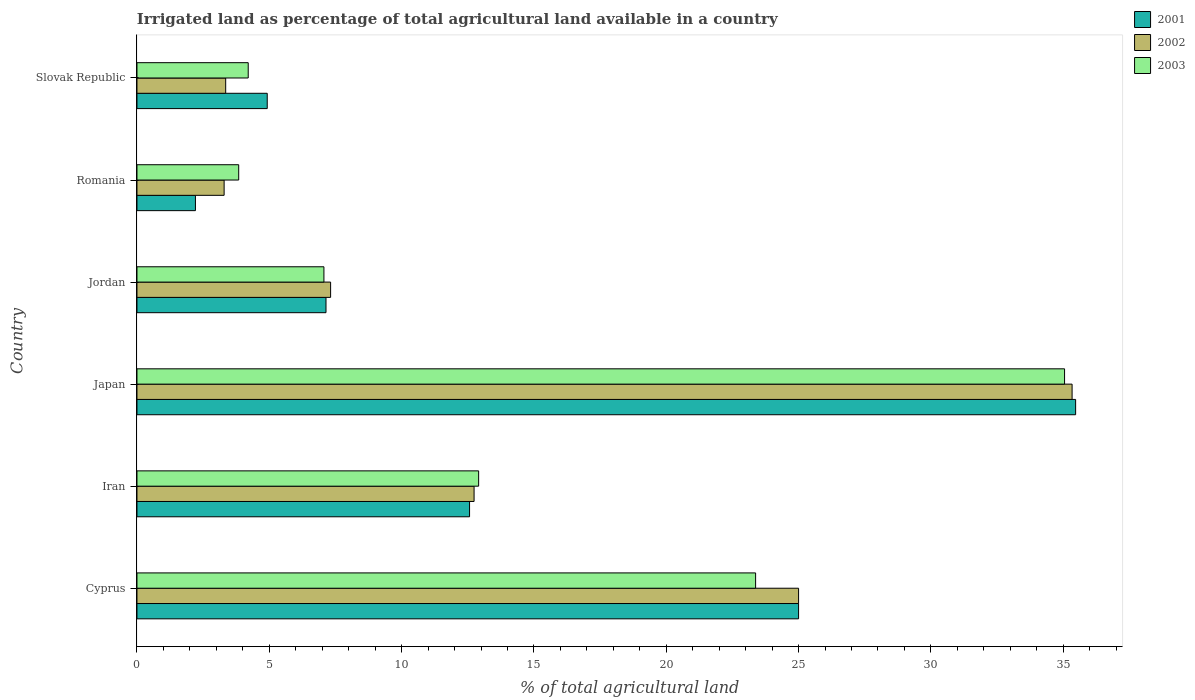
| Country | 2001 | 2002 | 2003 |
 | --- | --- | --- | --- |
 | Cyprus | 25 | 25 | 23.4 |
 | Iran | 12.6 | 12.7 | 12.9 |
 | Japan | 35.5 | 35.3 | 35.1 |
 | Jordan | 7.14 | 7.32 | 7.06 |
 | Romania | 2.21 | 3.29 | 3.84 |
 | Slovak Republic | 4.92 | 3.35 | 4.2 |